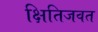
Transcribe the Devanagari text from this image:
क्षितिजवत